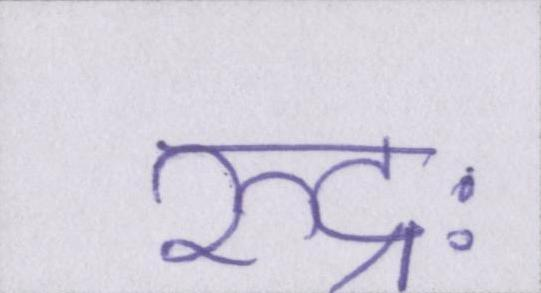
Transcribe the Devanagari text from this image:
रुद्रः